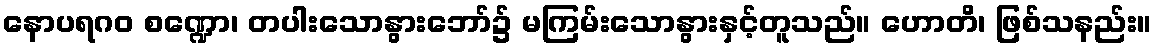
နောပရဂဝ စဏ္ဍော၊ တပါးသောနွားဘော်၌ မကြမ်းသောနွားနှင့်တူသည်။ ဟောတိ၊ ဖြစ်သနည်း။